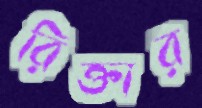
রিক্তার